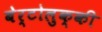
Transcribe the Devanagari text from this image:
बेर्टोलुक्की